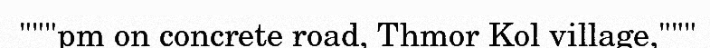
"""pm on concrete road, Thmor Kol village,"""